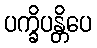
ပက္ခိပန္တိပေ